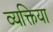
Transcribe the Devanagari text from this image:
व्यक्तिया